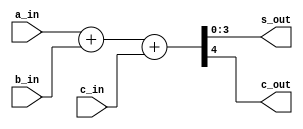
module myAdder( a_in, b_in, c_in, s_out, c_out);
input wire [0:3] a_in, b_in;
input wire c_in;
output [0:3] s_out;
output c_out;

assign {c_out, s_out} = a_in + b_in + c_in;

endmodule